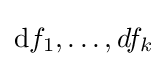
\mathrm {d} f_{1},\dotsc ,df_{k}